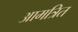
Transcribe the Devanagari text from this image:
आमत्रित